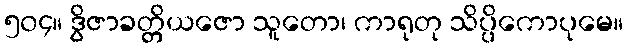
၅၀၄။ ဒွိဇာခတ္တိယဇော သူတော၊ ကာရုတု သိပ္ပိကောပုမေ။